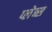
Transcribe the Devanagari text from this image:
प्लेब्स